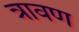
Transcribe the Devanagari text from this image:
त्रावण